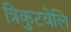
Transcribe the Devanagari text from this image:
त्रिकुटवेलि